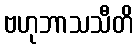
ဗဟုဘာသသီတိ